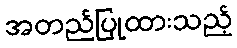
အတည်ပြုထားသည့်